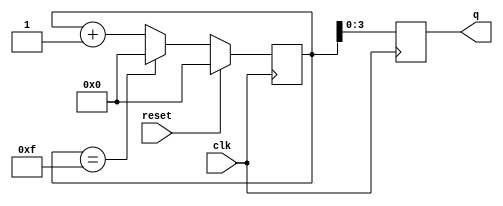
module SEQUENCE_GENERATOR(
  input clk,
  input reset,
  output reg [3:0] q
);
  
  reg [4:0] count;
  
  always@(posedge clk)
    begin
      if(reset)
        count<=4'b0000;
      else
        begin
          if(count==4'b1111)
            count<=4'h0;
          else
            count<=count+1;
        end
      q<=count;
    end
endmodule